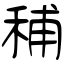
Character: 秿